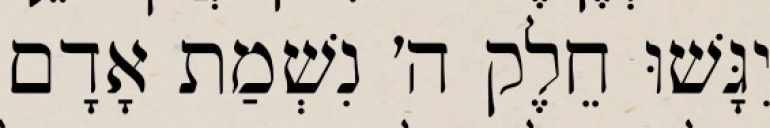
יִגָּשׁוּ חֵלֶק ה׳ נִשְׁמַת אָדָם